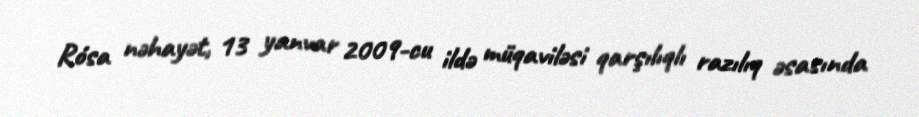
Rósa nəhayət, 13 yanvar 2009-cu ildə müqaviləsi qarşılıqlı razılıq əsasında